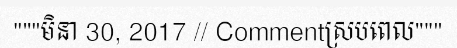
"""មិនា 30, 2017 // Commentស្របពេល"""